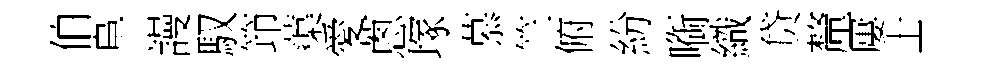
伯阜謾馭笻蕖愛蔥塚慕竺俯紛㗸織贷釐屢士